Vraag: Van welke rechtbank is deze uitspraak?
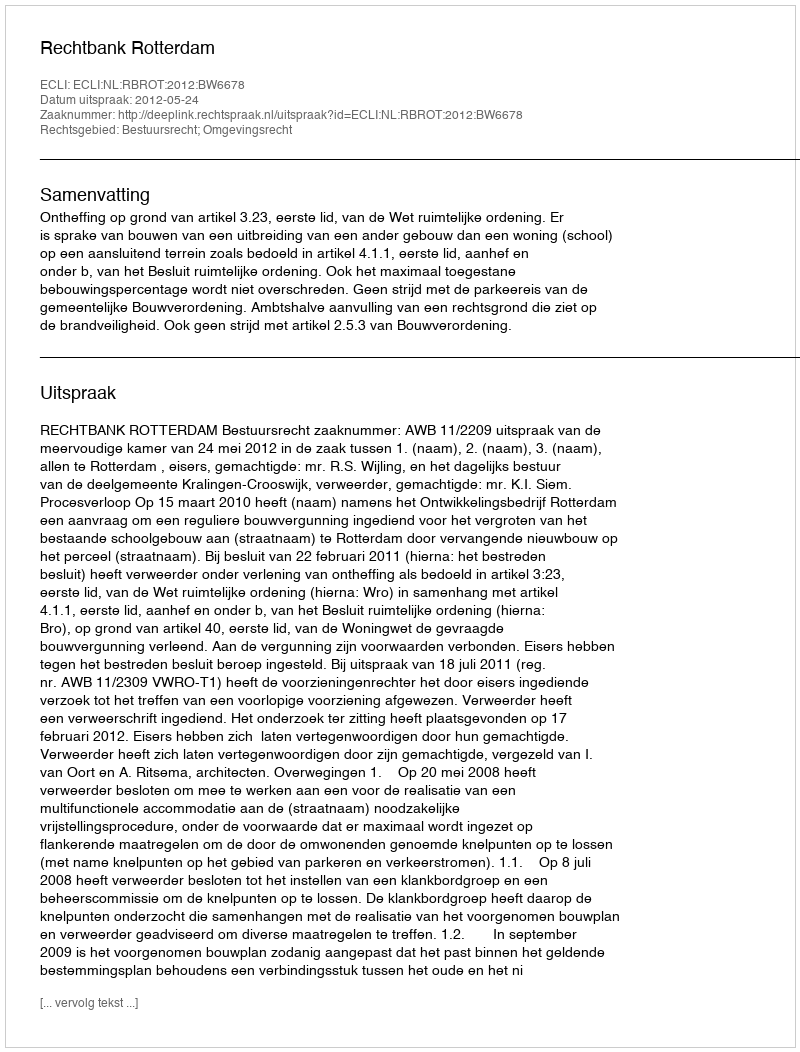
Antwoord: Rechtbank Rotterdam